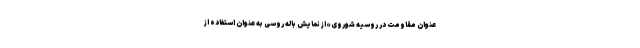
عنوان مقاومت در روسیه شوروی» از نمایش باله روسی به عنوان استفاده از